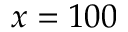
x = 1 0 0